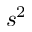
s ^ { 2 }